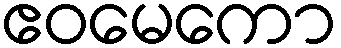
ဧဝမေကော